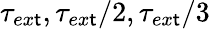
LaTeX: \tau_{ex\mathsf{t}},\tau_{ex\mathsf{t}}/2,\tau_{ex\mathsf{t}}/3